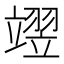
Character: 𮄺